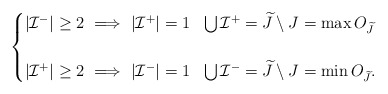
\begin{align*}\begin{cases}|\mathcal{I}^-|\geq 2\ \Longrightarrow\ |\mathcal{I}^+|=1\ \ \bigcup\mathcal{I}^+=\widetilde{J}\setminus J=\max O_{\widetilde{J}}\\\\|\mathcal{I}^+|\geq 2\ \Longrightarrow\ |\mathcal{I}^-|=1\ \ \bigcup\mathcal{I}^-=\widetilde{J}\setminus J=\min O_{\widetilde{J}}. \end{cases}\end{align*}